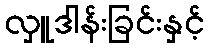
လှူဒါန်းခြင်းနှင့်